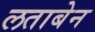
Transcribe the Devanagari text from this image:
लताबेन